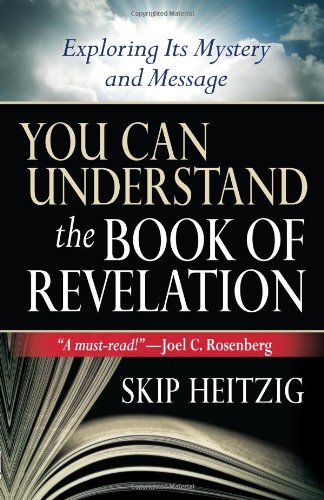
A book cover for You Can Understand the Book of Revelation: Exploring Its Mystery and Message; Skip Heitzig; Christian Books & Bibles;